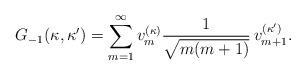
LaTeX: \begin{align*}G_{-1}(\kappa,\kappa')=\sum_{m=1}^{\infty}v_{m}^{(\kappa)}\frac{1}{\sqrt{m(m+1)}}\,v_{m+1}^{(\kappa')}.\end{align*}